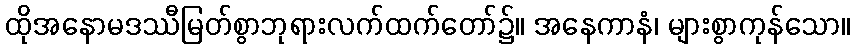
ထိုအနောမဒဿီမြတ်စွာဘုရားလက်ထက်တော်၌။ အနေကာနံ၊ များစွာကုန်သော။